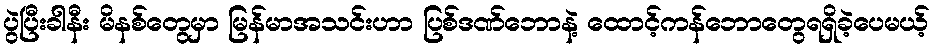
ပွဲပြီးခါနီး မိနစ်တွေမှာ မြန်မာအသင်းဟာ ပြစ်ဒဏ်ဘောနဲ့ ထောင့်ကန်ဘောတွေရရှိခဲ့ပေမယ့်